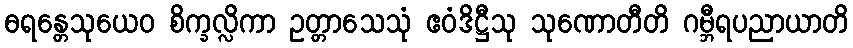
ဓရန္တေသုယေဝ စိက္ခလ္လိကာ ဥတ္တာသေသုံ ဧဝံဒိဋ္ဌီသု သုဏောတီတိ ဂမ္ဘီရပညာယာတိ